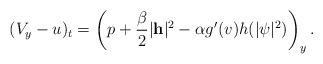
LaTeX: \begin{align*}(V_y-u)_t = \left( p+\frac{\beta}{2}|\mathbf{h}|^2 - \alpha g'(v)h(|\psi|^2) \right)_y.\end{align*}